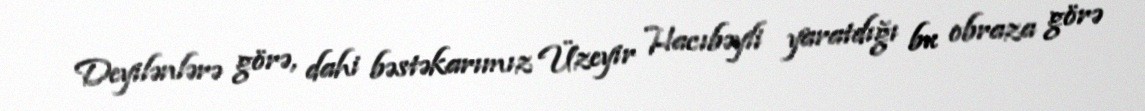
Deyilənlərə görə, dahi bəstəkarımız Üzeyir Hacıbəyli yaratdığı bu obraza görə